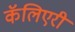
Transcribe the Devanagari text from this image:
कॅलिएरी